Medical and sanitary report of the native army of Bengal for the year
Year: 1874
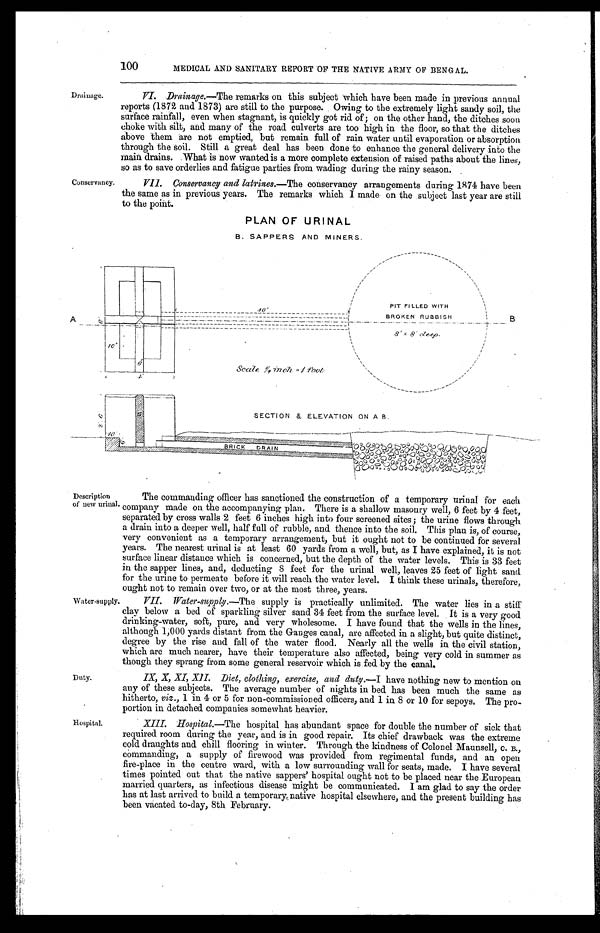
100
MEDICAL AND SANITARY REPORT OF THE NATIVE ARMY OF BENGAL.
Drainage.
Conservancy.
VI. Drainage.—The remarks on this subject which have been made in previous annual
reports (1872 and 1873) are still to the purpose. Owing to the extremely light sandy soil, the
surface rainfall, even when stagnant, is quickly got rid of; on the other hand, the ditches soon
choke with silt, and many of the road culverts are too high in the floor, so that the ditches
above them are not emptied, but remain full of rain water until evaporation or absorption
through the soil. Still a great deal has been done to enhance the general delivery into the
main drains. What is now wanted is a more complete extension of raised paths about the lines,
so as to save orderlies and fatigue parties from wading during the rainy season.
VII. Conservancy and latrines.—The conservancy arrangements during 1874 have been
the same as in previous years. The remarks which I made on the subject last year are still
to the point.
PLAN OF URINAL
B. SAPPERS AND MINERS.
Description
of new urinal.
Water-suppl
y.
Duty.
The commanding officer has sanctioned the construction of a temporary urinal for each
company made on the accompanying plan. There is a shallow masonry well, 6 feet by 4 feet,
separated by cross walls 2 feet 6 inches high into four screened sites; the urine flows through
a drain into a deeper well, half full of rubble, and thence into the soil. This plan is, of course,
very convenient as a temporary arrangement, but it ought not to be continued for several
years. The nearest urinal is at least 60 yards from a well, but, as I have explained, it is not
surface linear distance which is concerned, but the depth of the water levels. This is 33 feet
in the sapper lines, and, deducting 8 feet for the urinal well, leaves 25 feet of light sand
for the urine to permeate before it will reach the water level. I think these urinals, therefore,
ought not to remain over two, or at the most three, years.
VII. Water-supply.—The supply is practically unlimited. The water lies in a stiff
clay below a bed of sparkling silver sand 34 feet from the surface level. It is a very good
drinking-water, soft, pure, and very wholesome. I have found that the wells in the lines,
although 1,000 yards distant from the Ganges canal, are affected in a slight, but quite distinct,
degree by the rise and fall of the water flood. Nearly all the wells in the civil station,
which are much nearer, have their temperature also affected, being very cold in summer as
though they sprang from some general reservoir which is fed by the canal.
IX, X, XI, XII. Diet, clothing, exercise, and duty. —I have nothing new to mention on
any of these subjects. The average number of nights in bed has been much the same as
hitherto, viz., 1 in 4 or 5 for non-commissioned officers, and 1 in 8 or 10 for sepoys. The pro
-portion in detached companies somewhat heavier.
Hospital.
XIII. Hospital.—The hospital has abundant space for double the number of sick that
required room during the year, and is in good repair. Its chief drawback was the extreme
cold draughts and chill flooring in winter. Through the kindness of Colonel Maunsell, C. B.,
commanding, a supply of firewood was provided from regimental funds, and an open
fire-place in the centre ward, with a low surrounding wall for seats, made. I have several
times pointed out that the native sappers' hospital ought not to be placed near the European
married quarters, as infectious disease might be communicated. I am glad to say the order
has at last arrived to build a temporary native hospital elsewhere, and the present building has
been vacated to-day, 8th February.